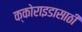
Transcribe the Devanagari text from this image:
क्कोराइडासाठी